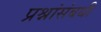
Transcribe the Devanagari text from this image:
प्रश्नांसंबधी